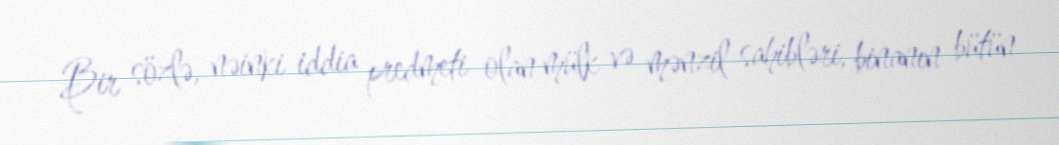
Bir sözlə, nəinki iddia predmeti olan mülk və mənzil sahibləri, binanın bütün